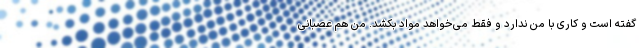
گفته است و کاری با من ندارد و فقط می‌خواهد مواد بکشد. من هم عصبانی